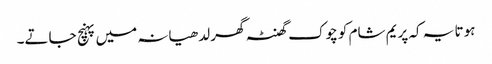
ہوتا یہ کہ پریم شام کو چوک گھنٹہ گھر لدھیانہ میں پہنچ جاتے۔